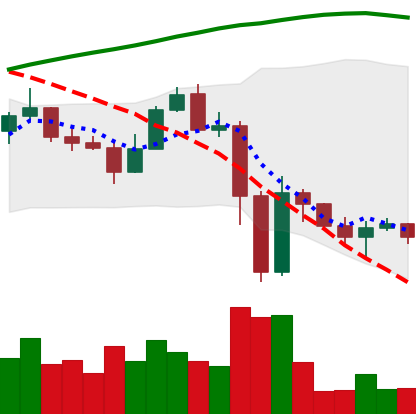
Ticker: ETC-USD
Chart end date: 2022-11-16
Forward return: -9.574%
Label: down_7plus